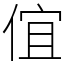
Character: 𠊙